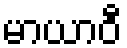
မာယာဝီ